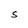
Character: S